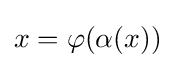
x=\varphi (\alpha (x))